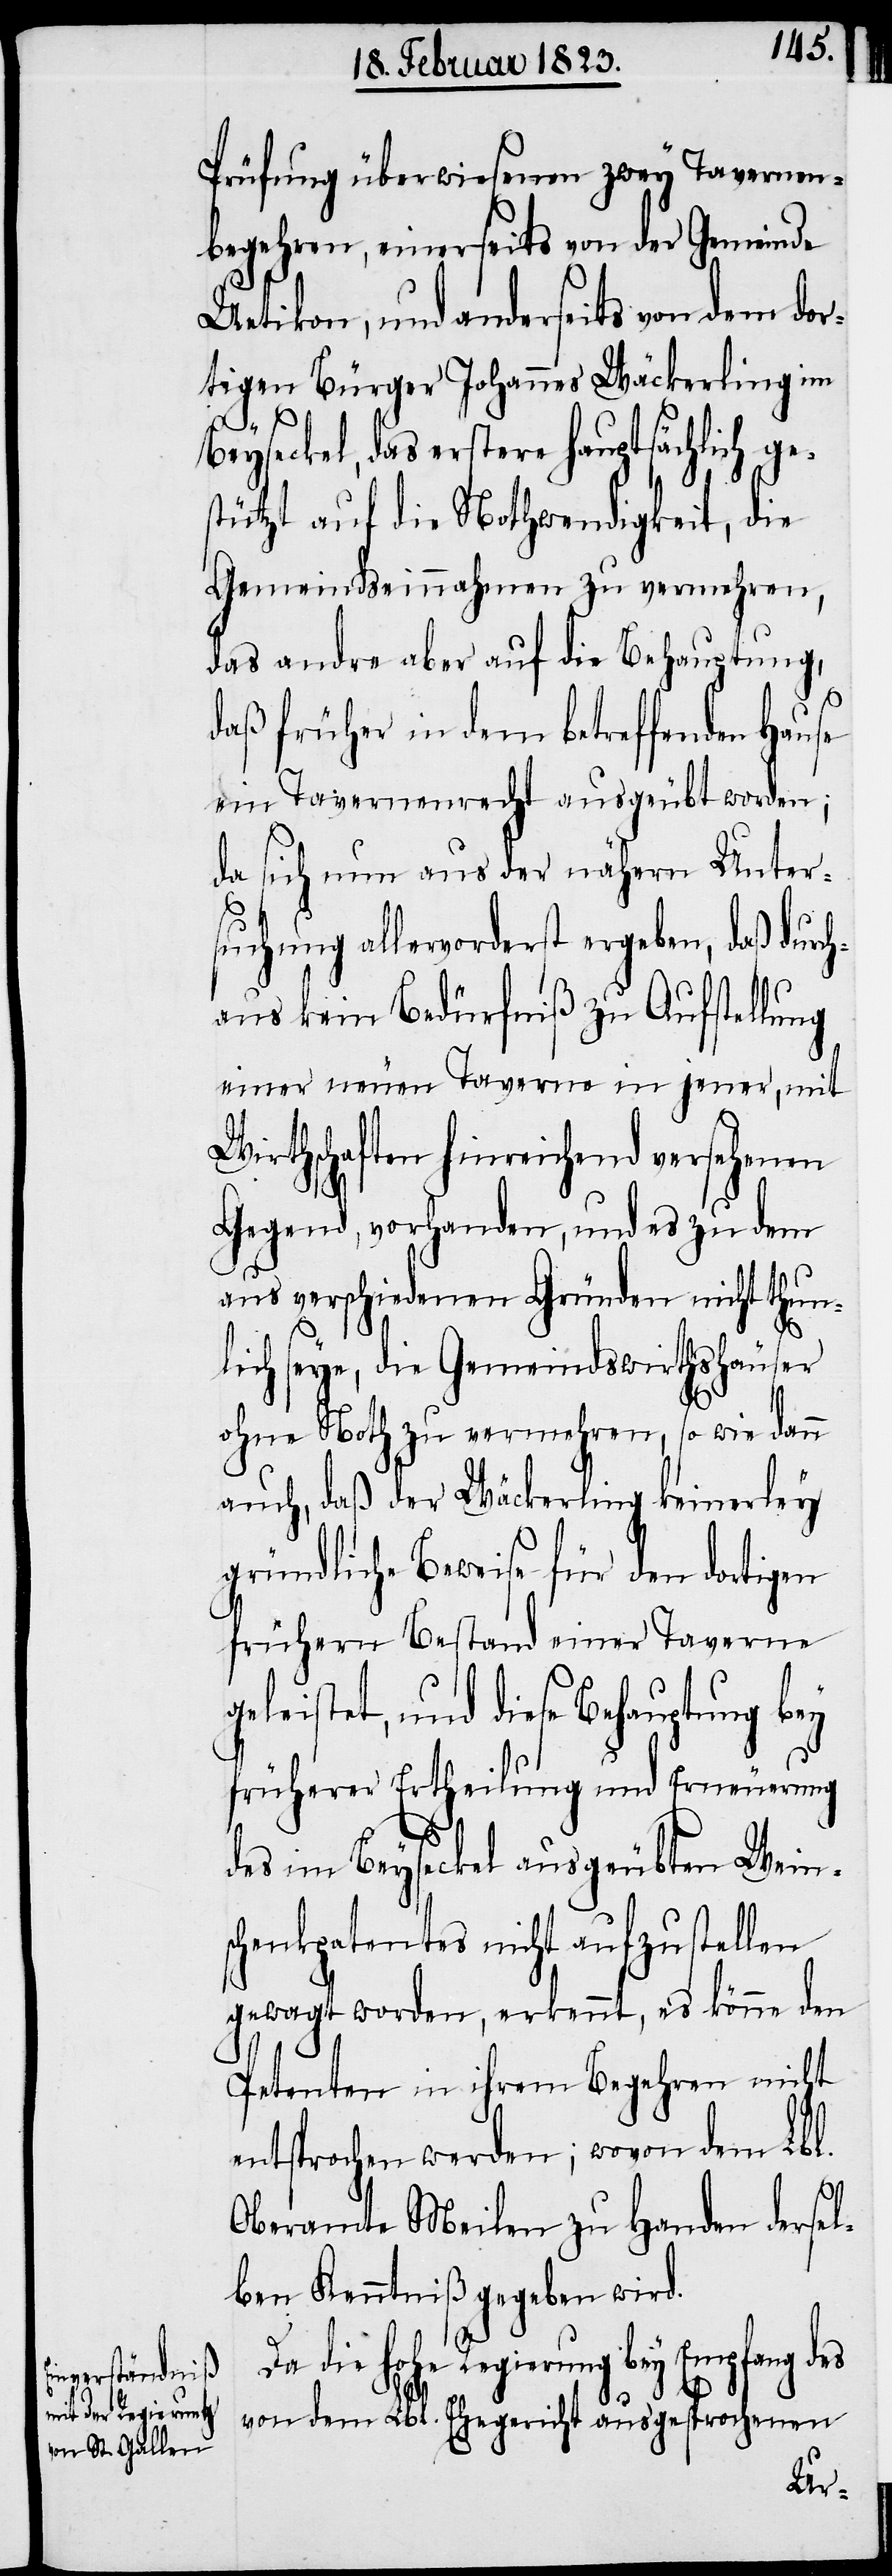
Prüfung überwiesenen zwey Tavernen¬
begehren, einerseits von der Gemeinde
Uetikon, und anderseits von dem dor¬
tigen Bürger Johannes Wäckerling im
Beyseckel, das erstere hauptsächlich ge¬
stützt auf die Nothwendigkeit, die
Gemeindseinnahmen zu vermehren,
das andre aber auf die Behauptung,
daß früher in dem betreffenden Hause
ein Tavernenrecht ausgeübt worden;
da sich nun aus der nähern Unter¬
suchung allervorderst ergeben, daß durc¬
haus kein Bedürfniß zu Aufstellung
einer neuen Taverne in jener, mit
Wirthschaften hinreichend versehenen
Gegend, vorhanden, und es zu dem
aus verschiedenen Gründen nicht thun¬
lich seye, die Gemeindswirthshäuser
ohne Noth zu vermehren, so wie dann
auch, daß der Wäckerling keinerley
gründliche Beweise für den dortigen
frühern Bestand einer Taverne
geleistet, und diese Behauptung bey
früherer Ertheilung und Erneuerung
des im Beyseckel ausgeübten Wein¬
schenkpatentes nicht aufzustellen
gewagt worden, erkennt, es könne den
Petenten in ihrem Begehren nicht
entsprochen werden; wovon dem Lbl.
Oberamte Meilen zu Handen dersel¬
ben Kenntniß gegeben wird.
Da die hohe Regierung bey Empfang
vom dem Lbl. Ehegericht ausgesprochenen